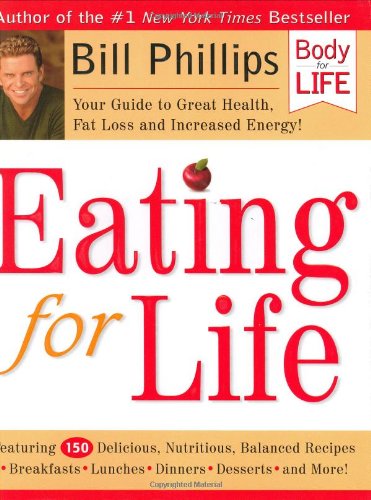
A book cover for Eating for Life: Your Guide to Great Health, Fat Loss and Increased Energy; Bill Phillips; Cookbooks, Food & Wine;